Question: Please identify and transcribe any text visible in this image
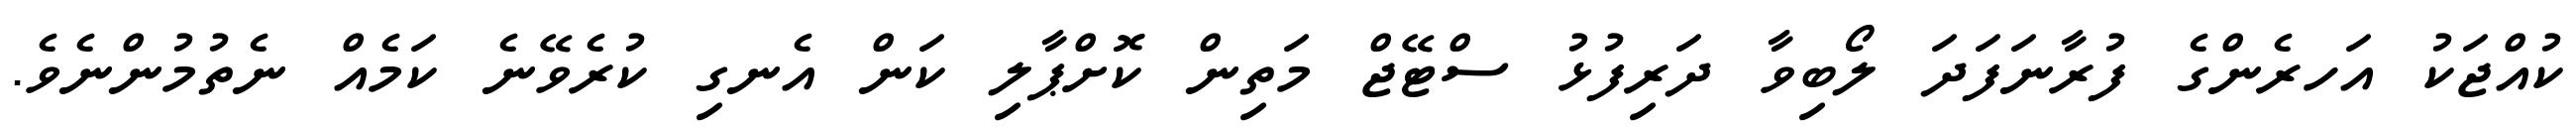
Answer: ކުއްޖަކު އަހރެންގެ ފުރާނަފަދަ ލޯބިވާ ދަރިފުޅު ސްޓޭޖް މަތިން ކޮށްޕާލި ކަން އެނގި ކުރެވޭނެ ކަމެއް ނެތުމުންނެވެ.